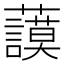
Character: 𧄲